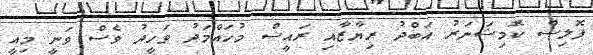
ޕޮލިސް ކޮމިޝަނަރު އަބްދު ރިޔާޒާއި ރައީސް މުހައްމަދު ވަހީދު ވެސް ވަނީ މިއީ